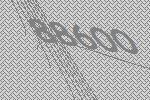
88600